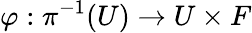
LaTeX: \varphi:\pi^{-1}(U)\rightarrow U\times F